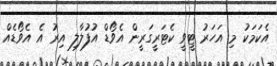
އެކަމަކު މި އަހަރު ޓީވީ ކެޓަރީގަރީން އެވޯޑް އުފުލާލި އިރު އެ އެވޯޑެއް